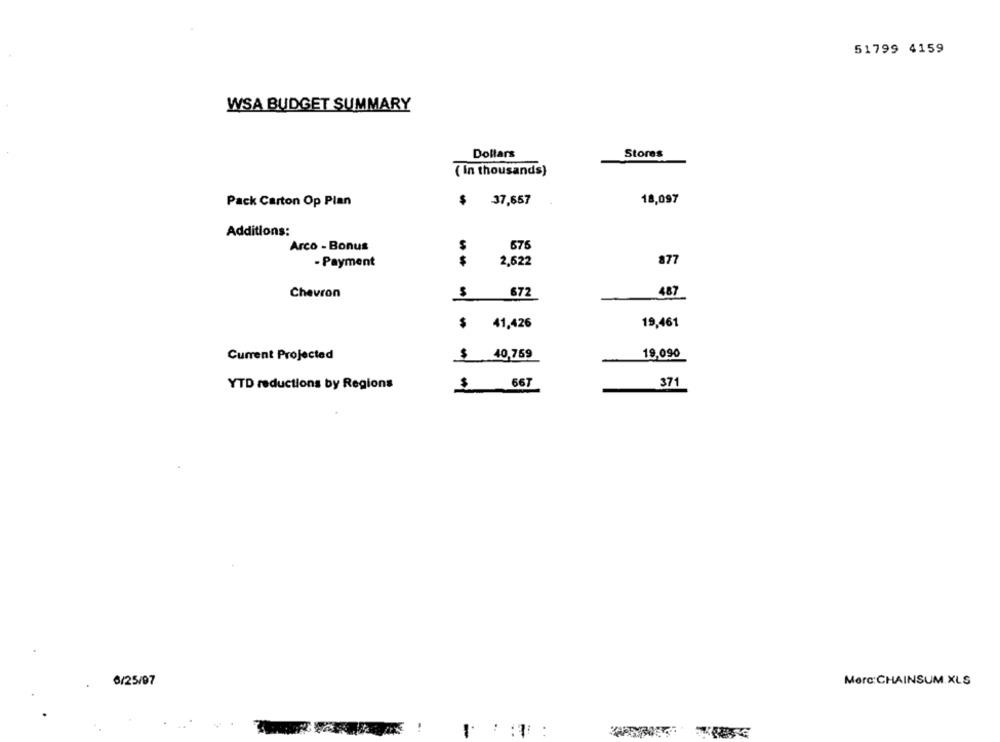
51799 4159
WSA BUDGET SUMMARY
Dollars
Stores
( In thousands)
$
37,657
18,097
Pack Carton Op Plan
Additions:
Arco - Bonus
675
877
- Payment
$
2,622
Chevron
672
487
$ 41,426
19,461
Current Projected
$ 40,759
19,090
YTD reductions by Regions
371
$ 667
6/25/97
Merc:CHAINSUM.XLS
!